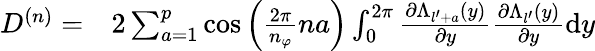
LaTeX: \begin{array}{rl}{D^{(n)}=}&{{}2\sum_{a=1}^{p}\cos\left(\frac{2\pi}{n_{\varphi}}na\right)\int_{0}^{2\pi}\frac{\partial\Lambda_{l^{\prime}+a}(y)}{\partial y}\frac{\partial\Lambda_{l^{\prime}}(y)}{\partial y}\mathrm{d}y}\end{array}